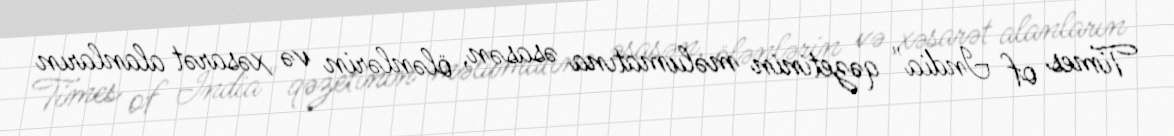
Times of India" qəzetinin məlumatına əsasən, ölənlərin və xəsarət alanların